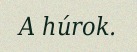
A húrok.